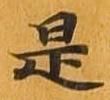
是